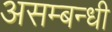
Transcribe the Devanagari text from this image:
असम्बन्धी